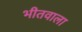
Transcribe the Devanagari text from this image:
भीतवाला